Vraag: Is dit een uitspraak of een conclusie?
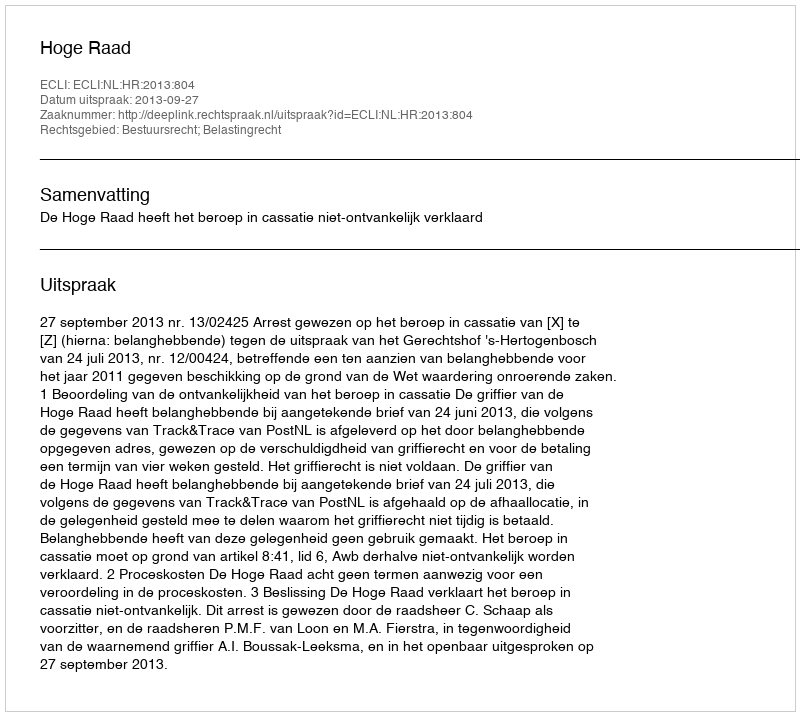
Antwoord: Uitspraak